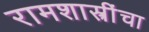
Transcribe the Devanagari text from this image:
रामशास्त्रींचा